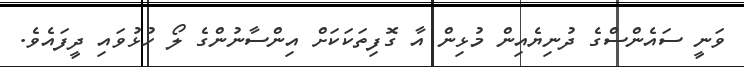
ވަނީ ސައެންސްގެ ދުނިޔެއިން މުޅިން އާ ގޮފިތަކަކަށް އިންސާނުންގެ ލޯ ހުޅުވައި ދީފައެވެ.